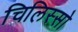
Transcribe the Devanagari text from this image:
चिलिस्सो